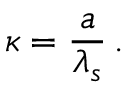
\kappa = \frac { a } { \lambda _ { s } } \, .